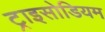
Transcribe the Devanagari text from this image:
ट्राइसोडियम